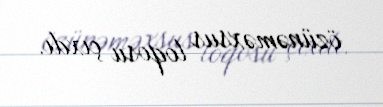
özünəməxsus loqosu çıxdı.